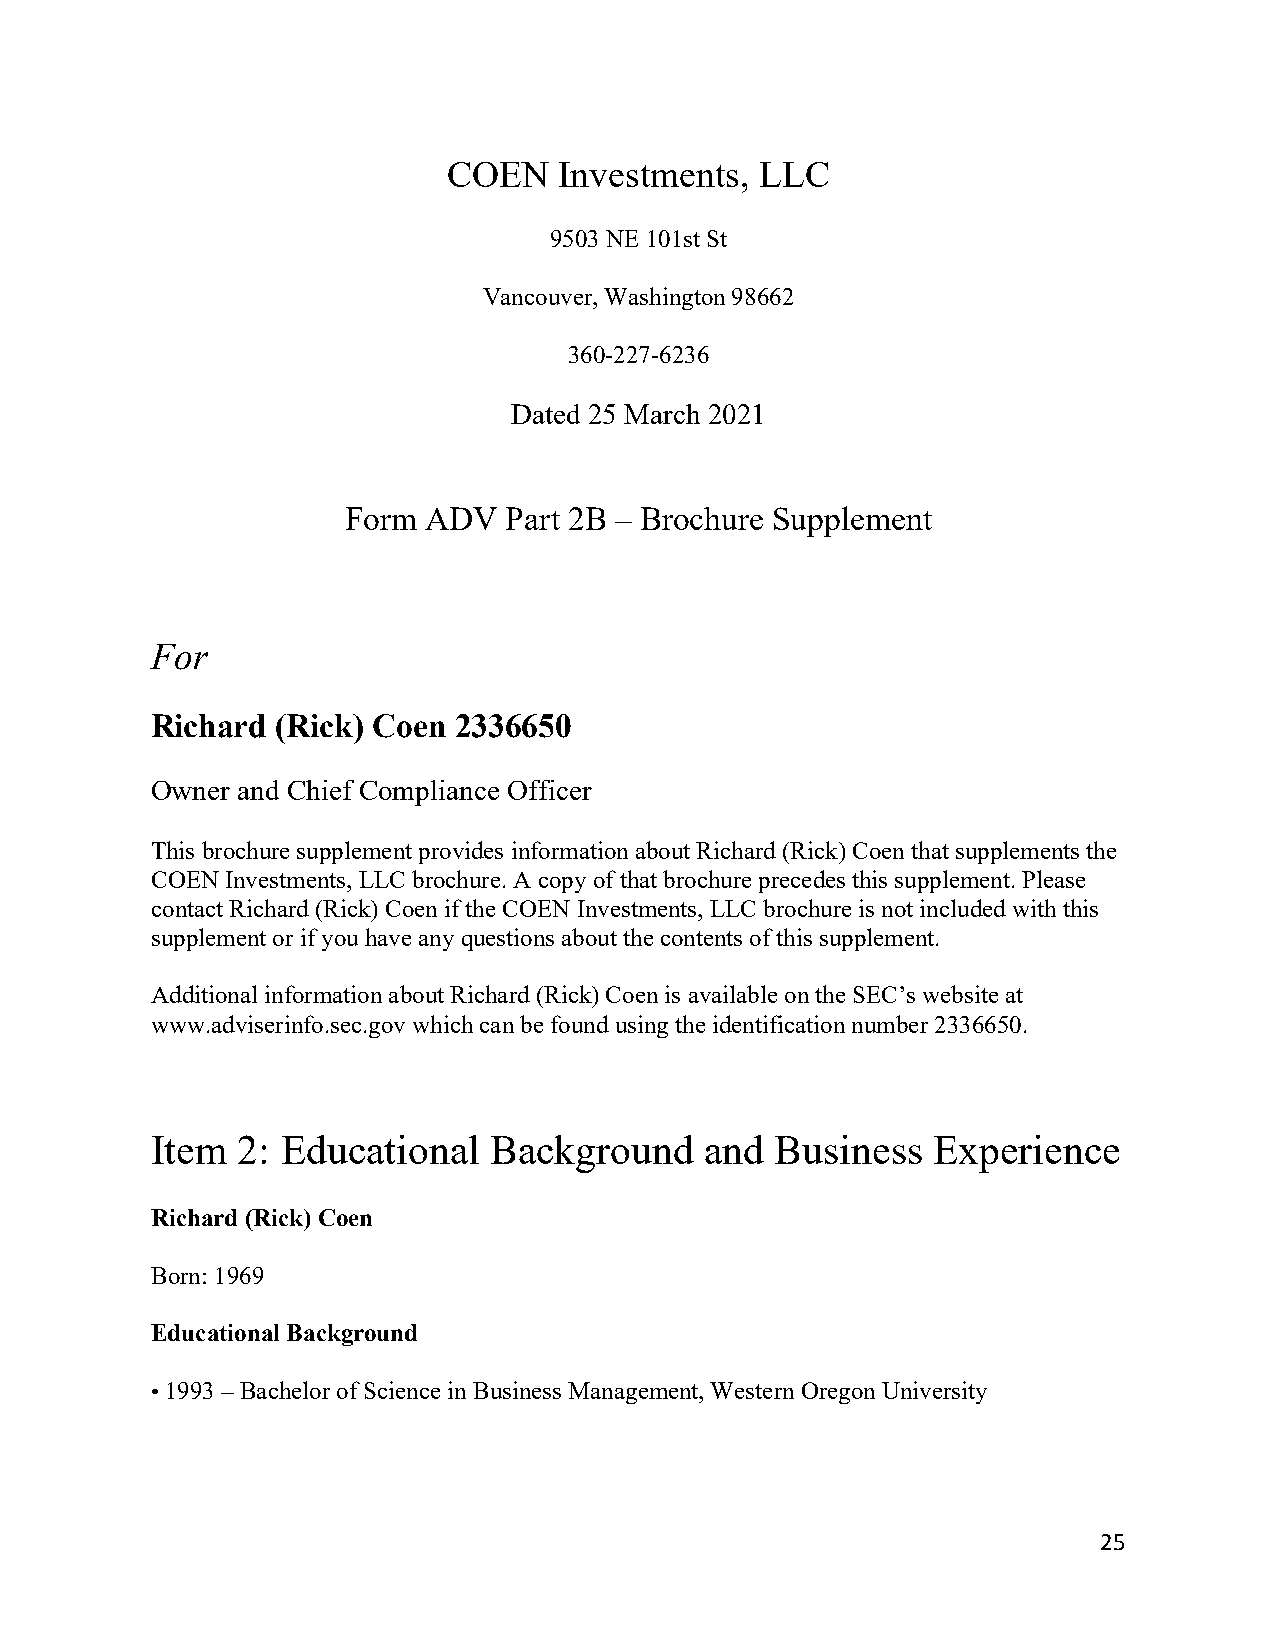
COEN   Investments, LLC
 9503 NE 101st St
 Vancouver, Washington 98662
 360-227-6236
 Dated 25 March 2021
 Form ADV   Part 2B – Brochure Supplement
 For
 Richard (Rick) Coen 2336650
 Owner and Chief Compliance Officer
 This brochure supplement provides information about Richard (Rick) Coen that supplements the
 COEN Investments, LLC brochure. A copy of that brochure precedes this supplement. Please
 contact Richard (Rick) Coen if the COEN Investments, LLC brochure is not included with this
 supplement or if you have any questions about the contents of this supplement.
 Additional information about Richard (Rick) Coen is available on the SEC’s website at
 www.adviserinfo.sec.gov which can be found using the identification number 2336650.
 Item  2: Educational  Background     and Business   Experience
 Richard (Rick) Coen
 Born: 1969
 Educational Background
 • 1993 – Bachelor of Science in Business Management, Western Oregon University
 25